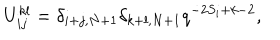
U _ { i j } ^ { k l } = \delta _ { i + j , N + 1 } \delta _ { k + l , N + 1 } q ^ { - 2 S _ { i } + k - 2 } ,